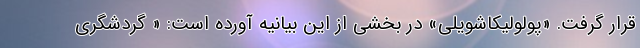
قرار گرفت. «پولولیکاشویلی» در بخشی از این بیانیه آورده است: « گردشگری